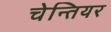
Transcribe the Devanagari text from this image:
चेन्तियर